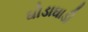
ઘોડાઘાડી